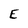
Character: E